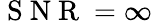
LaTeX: \mathrm{~S~N~R~}=\infty